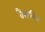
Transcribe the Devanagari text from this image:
वैसलिन